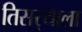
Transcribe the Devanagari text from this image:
तिसर्‍याला